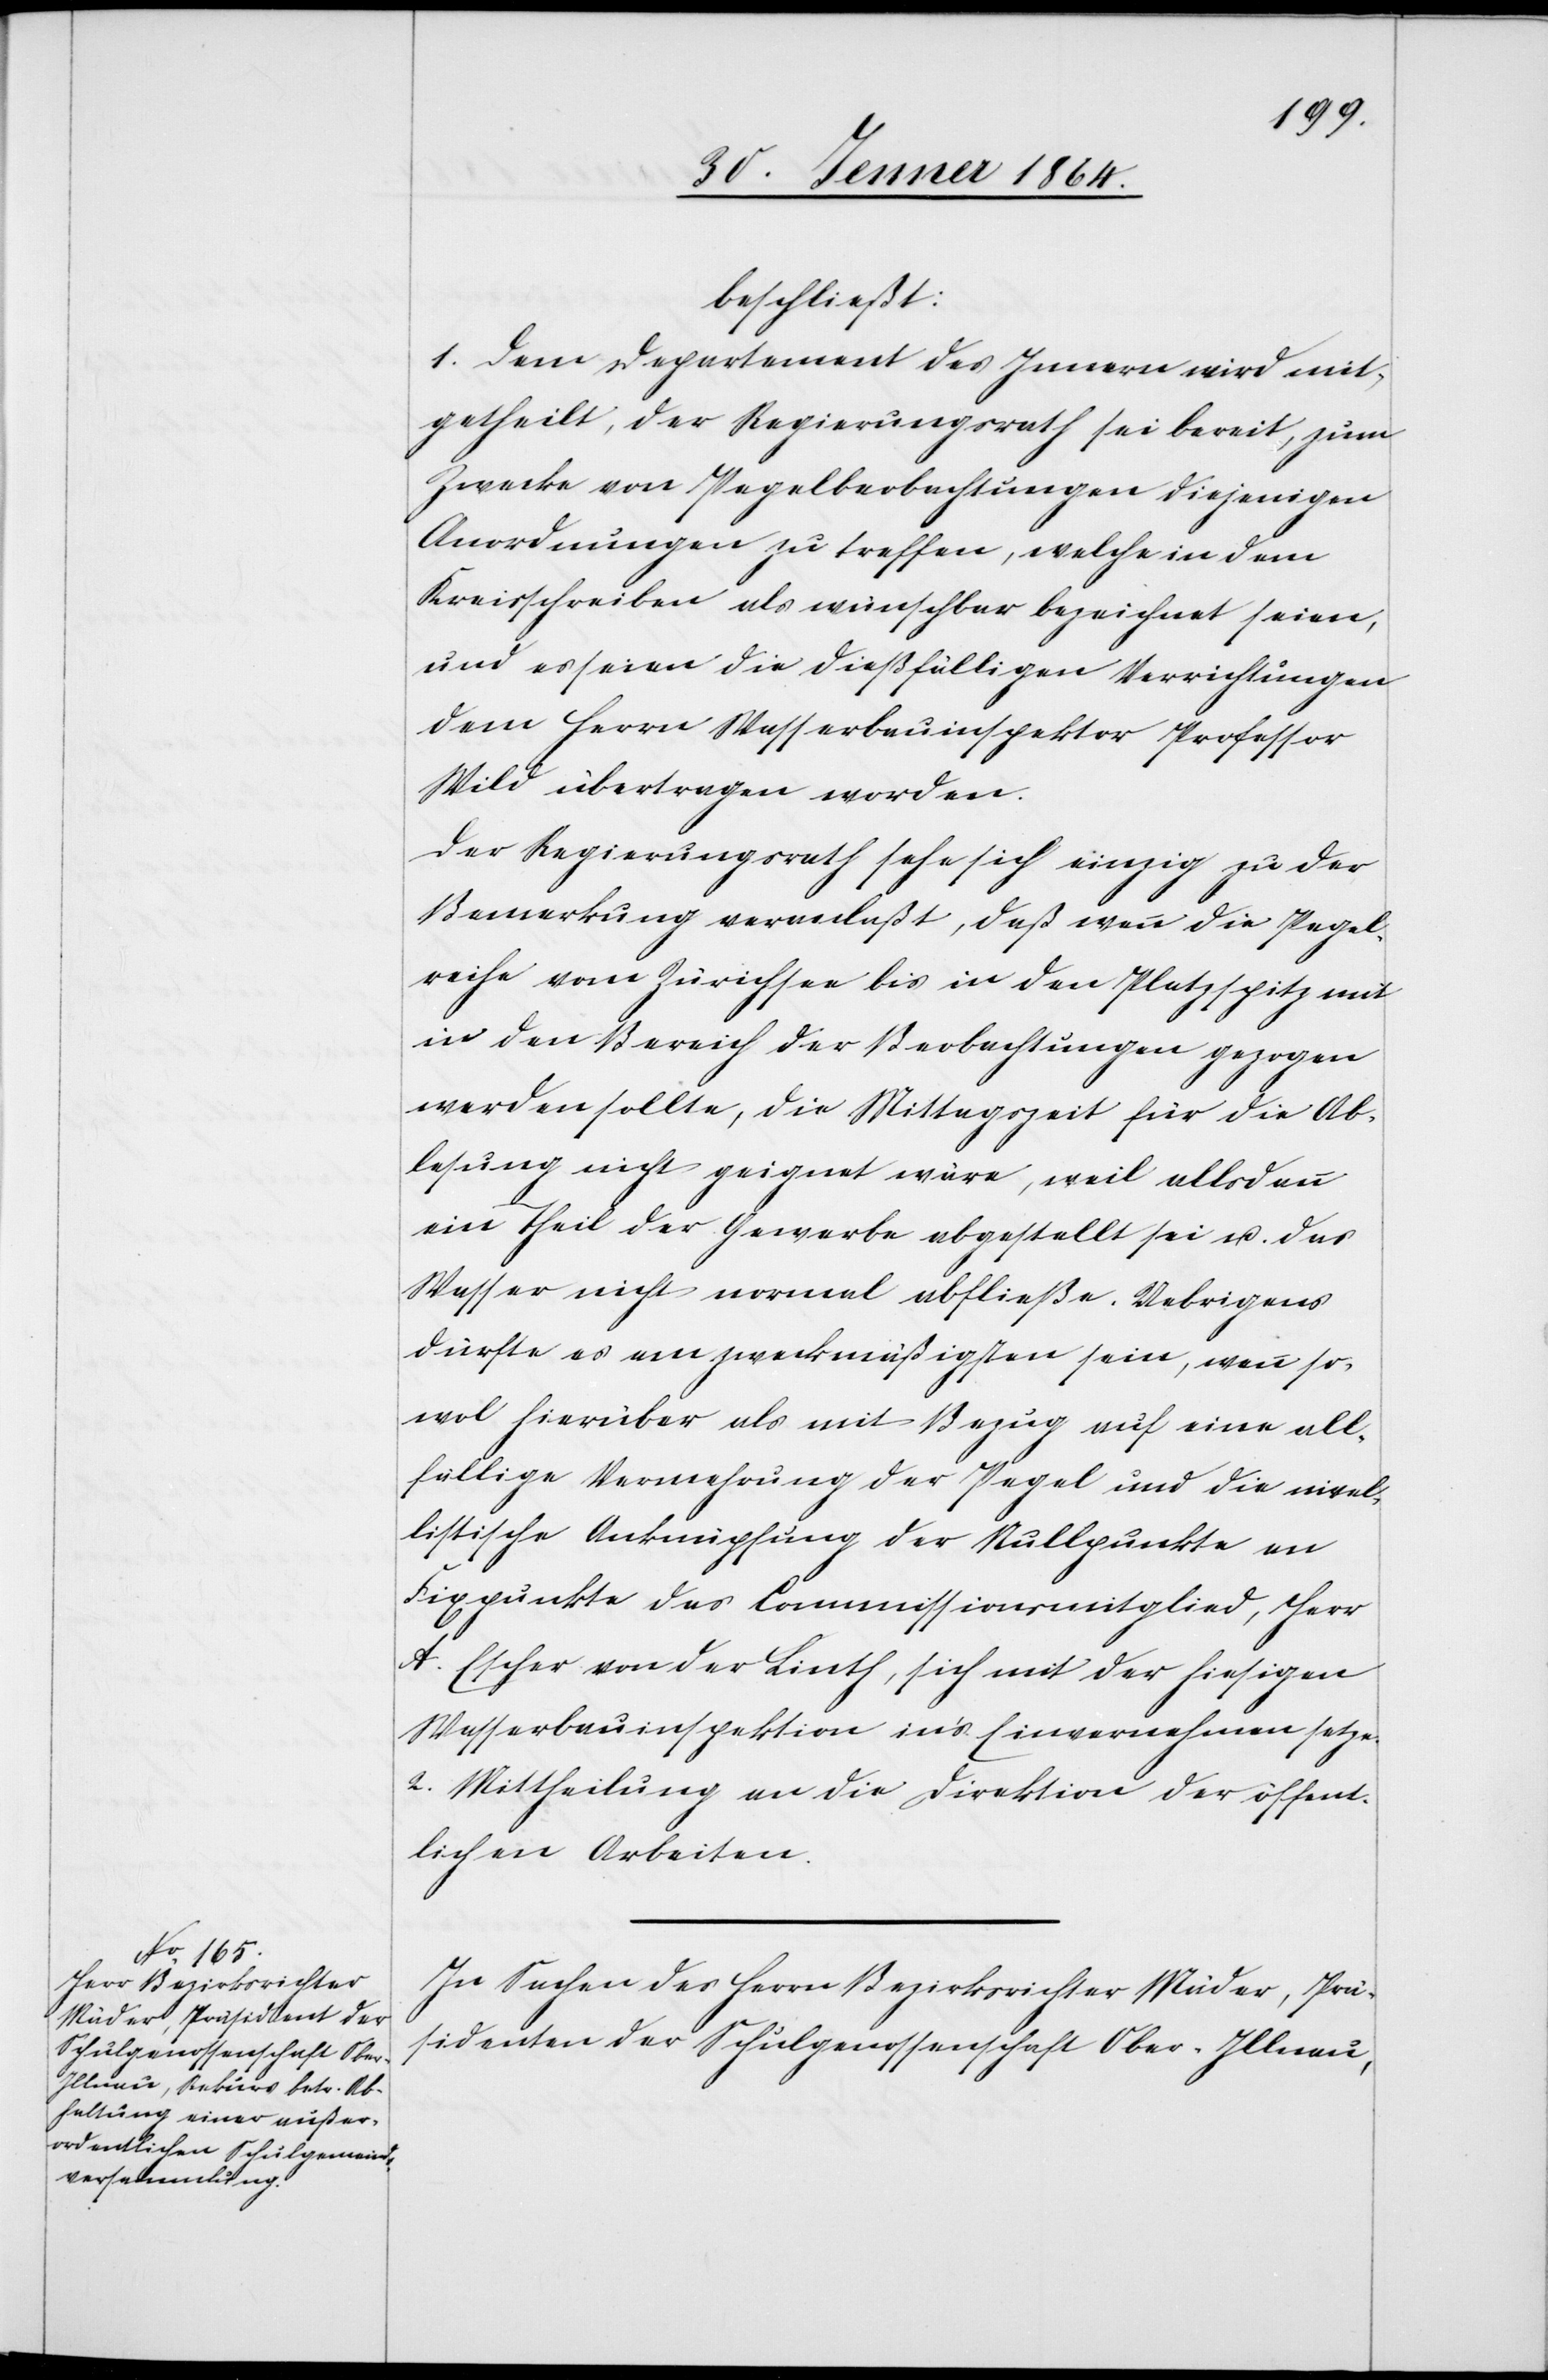
beschließt:
1. Dem Departement des Innern wird mit¬
getheilt, der Regierungsrath sei bereit, zum
Zwecke von Pegelbeobachtungen diejenigen
Anordnungen zu treffen, welche in dem
Kreisschreiben als wünschbar bezeichnet seien,
und es seien die dießfälligen Verrichtungen
dem Herrn Wasserbauinspektor Professor
Wild übertragen worden.
Der Regierungsrath sehe sich einzig zu der
Bemerkung veranlaßt, daß wenn die Pegel¬
reihe vom Zürichsee bis in den Platzspitz mit
in den Bereich der Beobachtungen gezogen
werden sollte, die Mittagszeit für die Ab¬
lesung nicht geignet [sic!] wäre, weil allsdann
ein Theil der Gewerbe abgestellt sei u. das
Wasser nicht normal abfließe. Uebrigens
dürfte es am zweckmäßigsten sein, wenn so¬
wol hierüber als mit Bezug auf eine all¬
fällige Vermehrung der Pegel und die nivel¬
listische Anknüpfung der Nullpunkte an
Fixpunkte das Commissionsmitglied, Herr
A. Escher von der Linth, sich mit der hiesigen
Wasserbauinspektion in’s Einvernehmen setze.
2. Mittheilung an die Direktion der öffent¬
lichen Arbeiten.
In Sachen des Herrn Bezirksrichter Mäder, Prä¬
sidenten der Schulgenossenschaft Ober-Illnau,